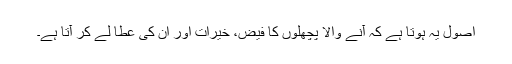
اُصول یہ ہوتا ہے کہ آنے والا پچھلوں کا فیض، خیرات اور ان کی عطا لے کر آتا ہے۔